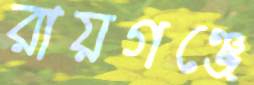
রায়গঞ্জে